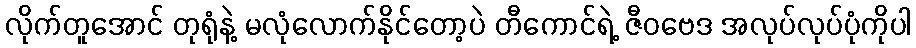
လိုက်တူအောင် တုရုံနဲ့ မလုံလောက်နိုင်တော့ပဲ တီကောင်ရဲ့ ဇီဝဗေဒ အလုပ်လုပ်ပုံကိုပါ